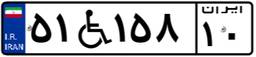
۵۱W۱۵۸۱۰